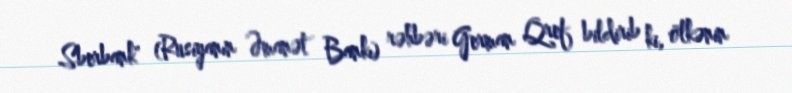
Sberbank" (Rusiyanın Əmanət Bankı) rəhbəri German Qref bildirib ki, ölkənin